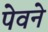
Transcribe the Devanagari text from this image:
पेवने